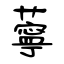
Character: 薴